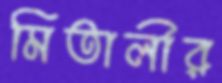
মিতালীর